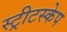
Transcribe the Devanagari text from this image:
स्ट्रीटस्केप